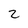
Character: 2